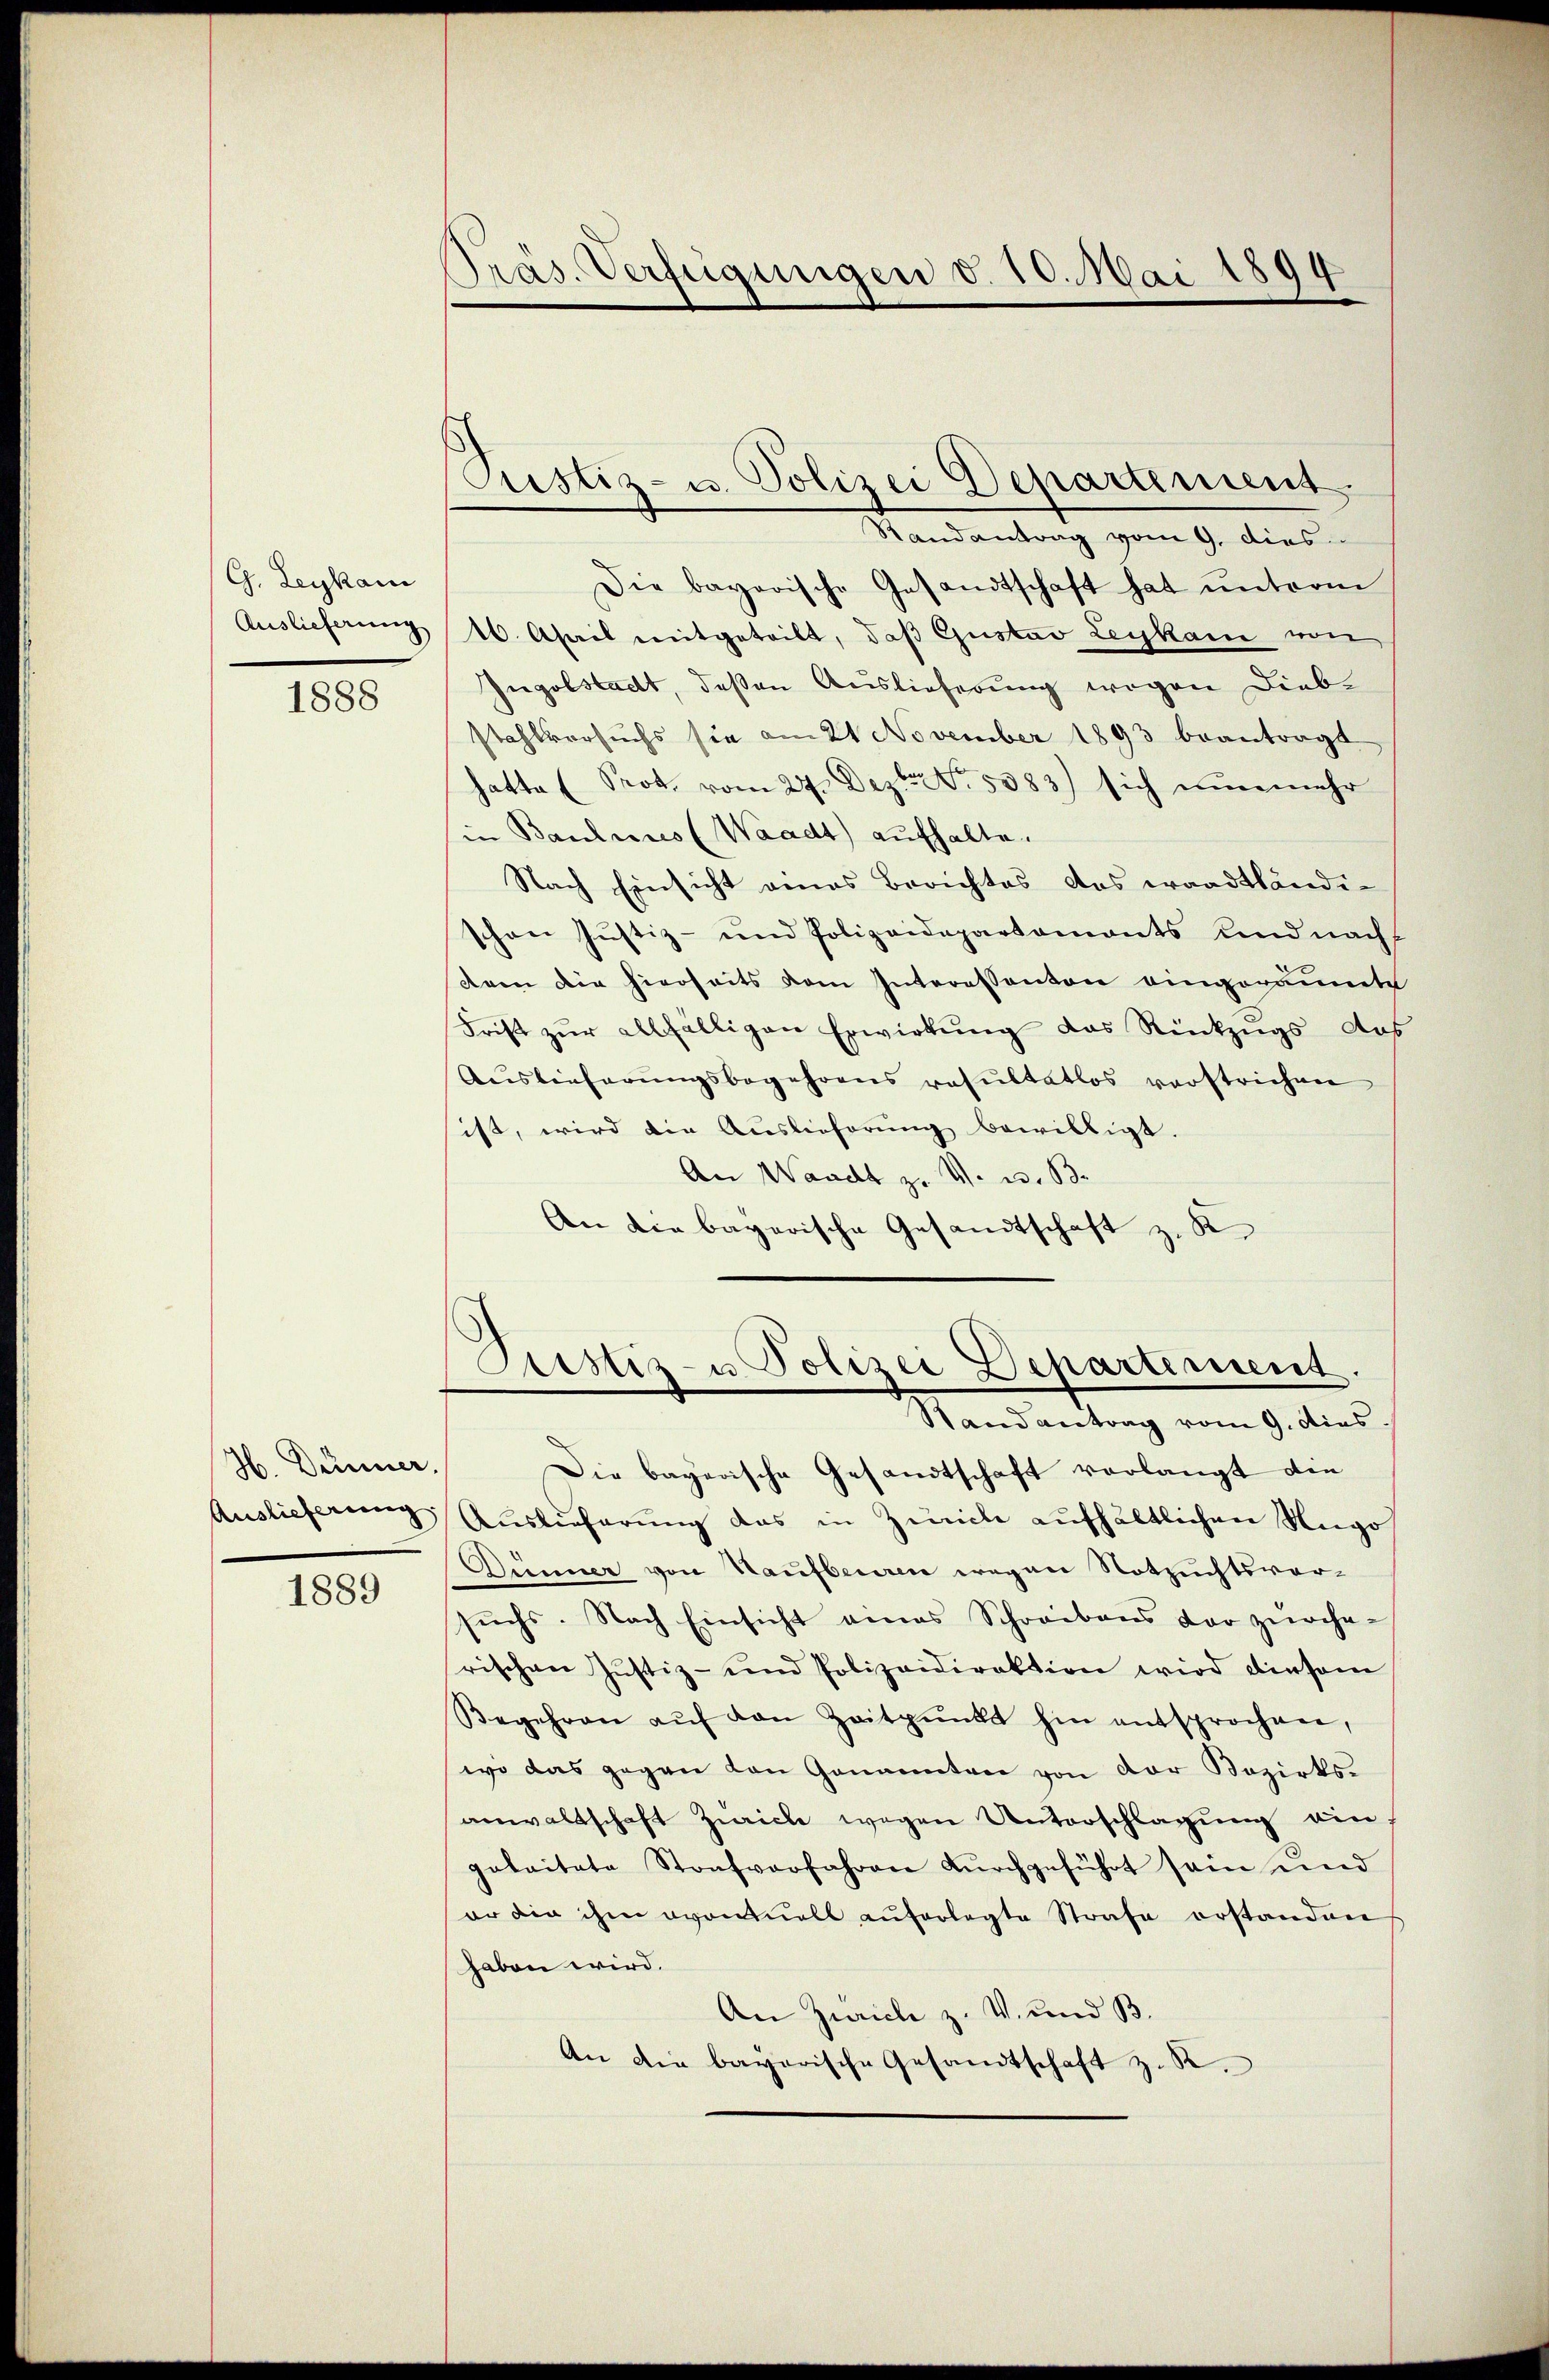
G. Leykam
Auslieferung

1888

H. Dünner,
Auslieferung

1889

Pras. Verfügungen d. 10. Mai 1899

Justiz- u. Polizei Departement.
Randantrag vom 9. dies

Die bayerische Gesandtschaft hat ŭnterm
16. April mitgeteilt, daß Gustav Leykam von
Ingolstadt, deßen Auslieferung wegen Diebstahlversuchs sie am 21 November 1893 beantragt
hatte (Prot. vom 27. Dez. 5383) sich nŭnmehr
in Baulins (Waadt) aufhalte.
Nach Einsicht eines Berichtes das waadtländi-
schon Justiz- und Polizeidepartamonts und nach
tam die hierseits dem Interessanton eingeräumtes
Frist zŭr allfälligen Erwirkŭng das Rückzŭgs da
Aŭslieferŭngsbegehrens resŭltatlos verstrichen
sist, wird die Auslieferung bewilligt.
An Waadt z. V. W. B.
An die bayerische Gesandtschaft z. K
Justiz- u Polizei Departiment.
Randantrag vom 9. dies
Die bayerische Gesandtschaft vorlangt die
Auslieferung das in Zürich aufhältlichen Rego
Dunner von Haufbeuren wegen Notzuchtsvorsŭchs. Nach Einsicht eines Schreibens der zürche-
rischen Justiz- und Polizeidirektion wird diesem
Begehren aŭf den Zeitpunkt hin entsprochen,
wo das gegen von Genannten von der Bezirks-
anwaltschaft Zürich wegen Unterschlagung ein
gabaitate Strafverfahren dŭrchgeführt sein und
er die ihm eventuell auferlegte Strafe erstanden
haben wird.
An Zürich z. V. und B
An die bayerische Gesandtschaft z. R.